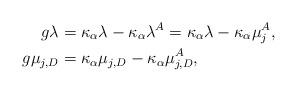
LaTeX: \begin{align*}g\lambda&=\kappa_\alpha\lambda-\kappa_\alpha\lambda^A=\kappa_\alpha\lambda-\kappa_\alpha\mu_j^A,\\g\mu_{j,D}&=\kappa_\alpha\mu_{j,D}-\kappa_\alpha\mu_{j,D}^A,\end{align*}